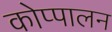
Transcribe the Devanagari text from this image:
कोप्पालन